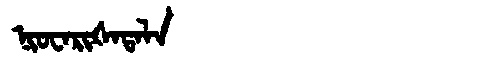
Manchu: ᠨᡳᠣᠸᠠᡵᡳᡧᠠᡨᠠᠯᠠ
Romanization: NIOWARIŠATALA